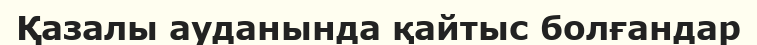
Қазалы ауданында қайтыс болғандар